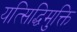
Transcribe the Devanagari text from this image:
यत्सिद्धिमुक्ति